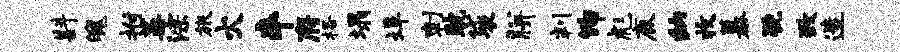
斟魄拊蒿淙旅火卒府格塌埠刺耽袋胼判饰彪鹿纳收慕猊致造